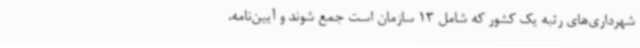
شهرداری‌های رتبه یک کشور که شامل 13 سازمان است ‌جمع شوند و آیین‌نامه،